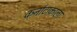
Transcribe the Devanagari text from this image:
कर्नाटाकाला